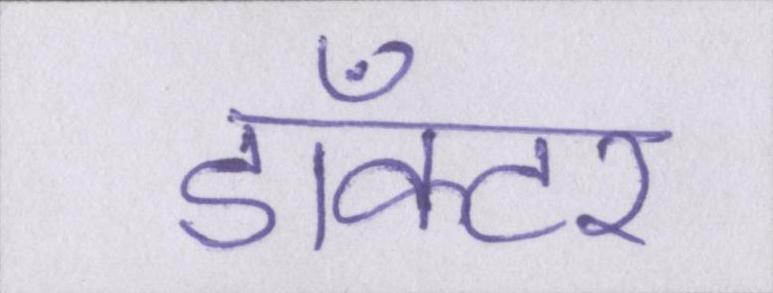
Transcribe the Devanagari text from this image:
डाँक्टर